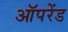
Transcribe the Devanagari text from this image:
ऑपरेंड